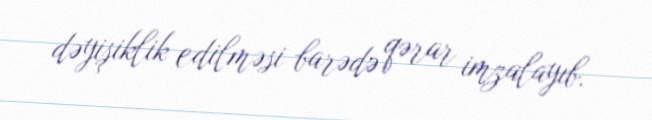
dəyişiklik edilməsi barədə qərar imzalayıb.